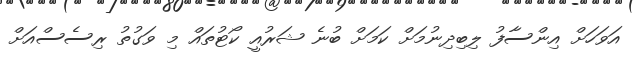
އަވަހަށް އިންސާފު ލިބިދިނުމަށް ކަމަށް ބުނެ ޝަރުއީ ކޯޓުތައް މި ވަގުތު ރިސެސްއަށް